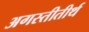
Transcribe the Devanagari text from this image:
अगस्तीतीर्थ